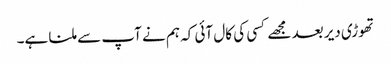
تھوڑی دیر بعد مجھے کسی کی کال آئی کہ ہم نے آپ سے ملنا ہے۔